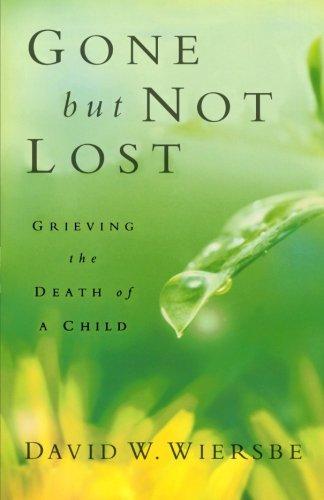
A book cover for Gone but Not Lost: Grieving the Death of a Child; David W. Wiersbe; Christian Books & Bibles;